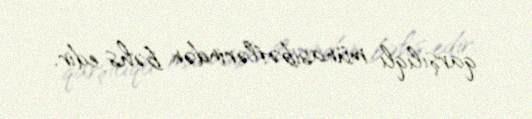
qarşılıqlı münasibətlərindən bəhs edir.